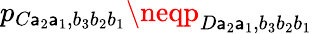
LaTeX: p_{C\mathsf{a}_{2}\mathsf{a}_{1},b_{3}b_{2}b_{1}}\neqp_{D\mathsf{a}_{2}\mathsf{a}_{1},b_{3}b_{2}b_{1}}